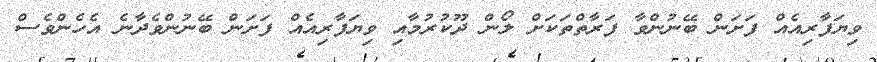
ވިޔަފާރިއެއް ފަށަން ބޭނުންވާ ފަރާތްތަކަށް ލޯން ދޫކުރުމާއި ވިޔަފާރިއެއް ފަށަން ބޭނުންވެދާނެ އެހެންވެސް